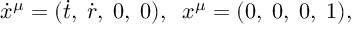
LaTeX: \dot { x } ^ { \mu } = ( \dot { t } , \; \dot { r } , \; 0 , \; 0 ) , \; \; x ^ { \mu } = ( 0 , \; 0 , \; 0 , \; 1 ) ,